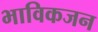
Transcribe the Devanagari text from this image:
भाविकजन